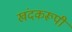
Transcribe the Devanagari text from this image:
खंदकरूपी